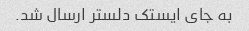
به جای ایستک دلستر ارسال شد.